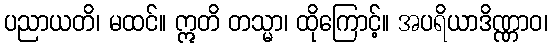
ပညာယတိ၊ မထင်။ ဣတိ တသ္မာ၊ ထိုကြောင့်။ အပရိယာဒိဏ္ဏာဝ၊